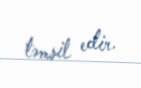
təmsil edir.